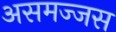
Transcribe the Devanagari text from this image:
असमज्जस